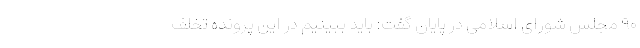
۹۰ مجلس شورای اسلامی در پایان گفت: باید ببینیم در این پرونده تخلف